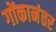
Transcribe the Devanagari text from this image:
गोंकानंतर